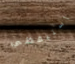
أستيقظي